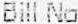
BILL NO